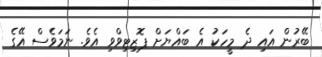
ބޭރުން އައި ދެ މީހަކު އެ ބައްޔަށް ޕޮޒިޓިވްވި އެވެ. ނަމަވެސް އޭގެ